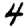
Digit: 4